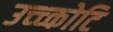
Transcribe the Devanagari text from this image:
उच्च्कोटि